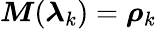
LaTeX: \boldsymbol{M}(\boldsymbol{\lambda}_{k})=\boldsymbol{\rho}_{k}